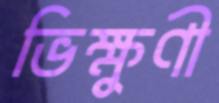
ভিক্ষুণী